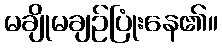
မချိုမချဉ်ပြုံးနေ၏။